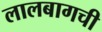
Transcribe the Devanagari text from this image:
लालबागची